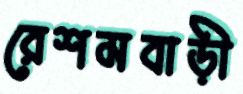
রেশমবাড়ী